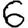
Digit: 6